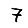
Digit: 7